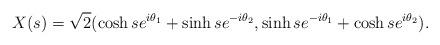
LaTeX: \begin{align*} X(s)=\sqrt{2}(\cosh se^{i\theta_1}+\sinh se^{-i\theta_2},\sinh se^{-i\theta_1}+\cosh s e^{i\theta_2}).\end{align*}